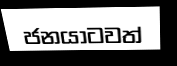
ජනයාටවත්